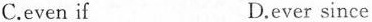
C.even if D.ever since